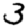
Digit: 3